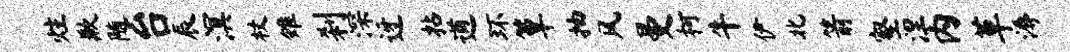
炷歉随台辰溟杖雉刹深迓拈遒环簟抽风曼柯牛伊北箭壑涅内草溽